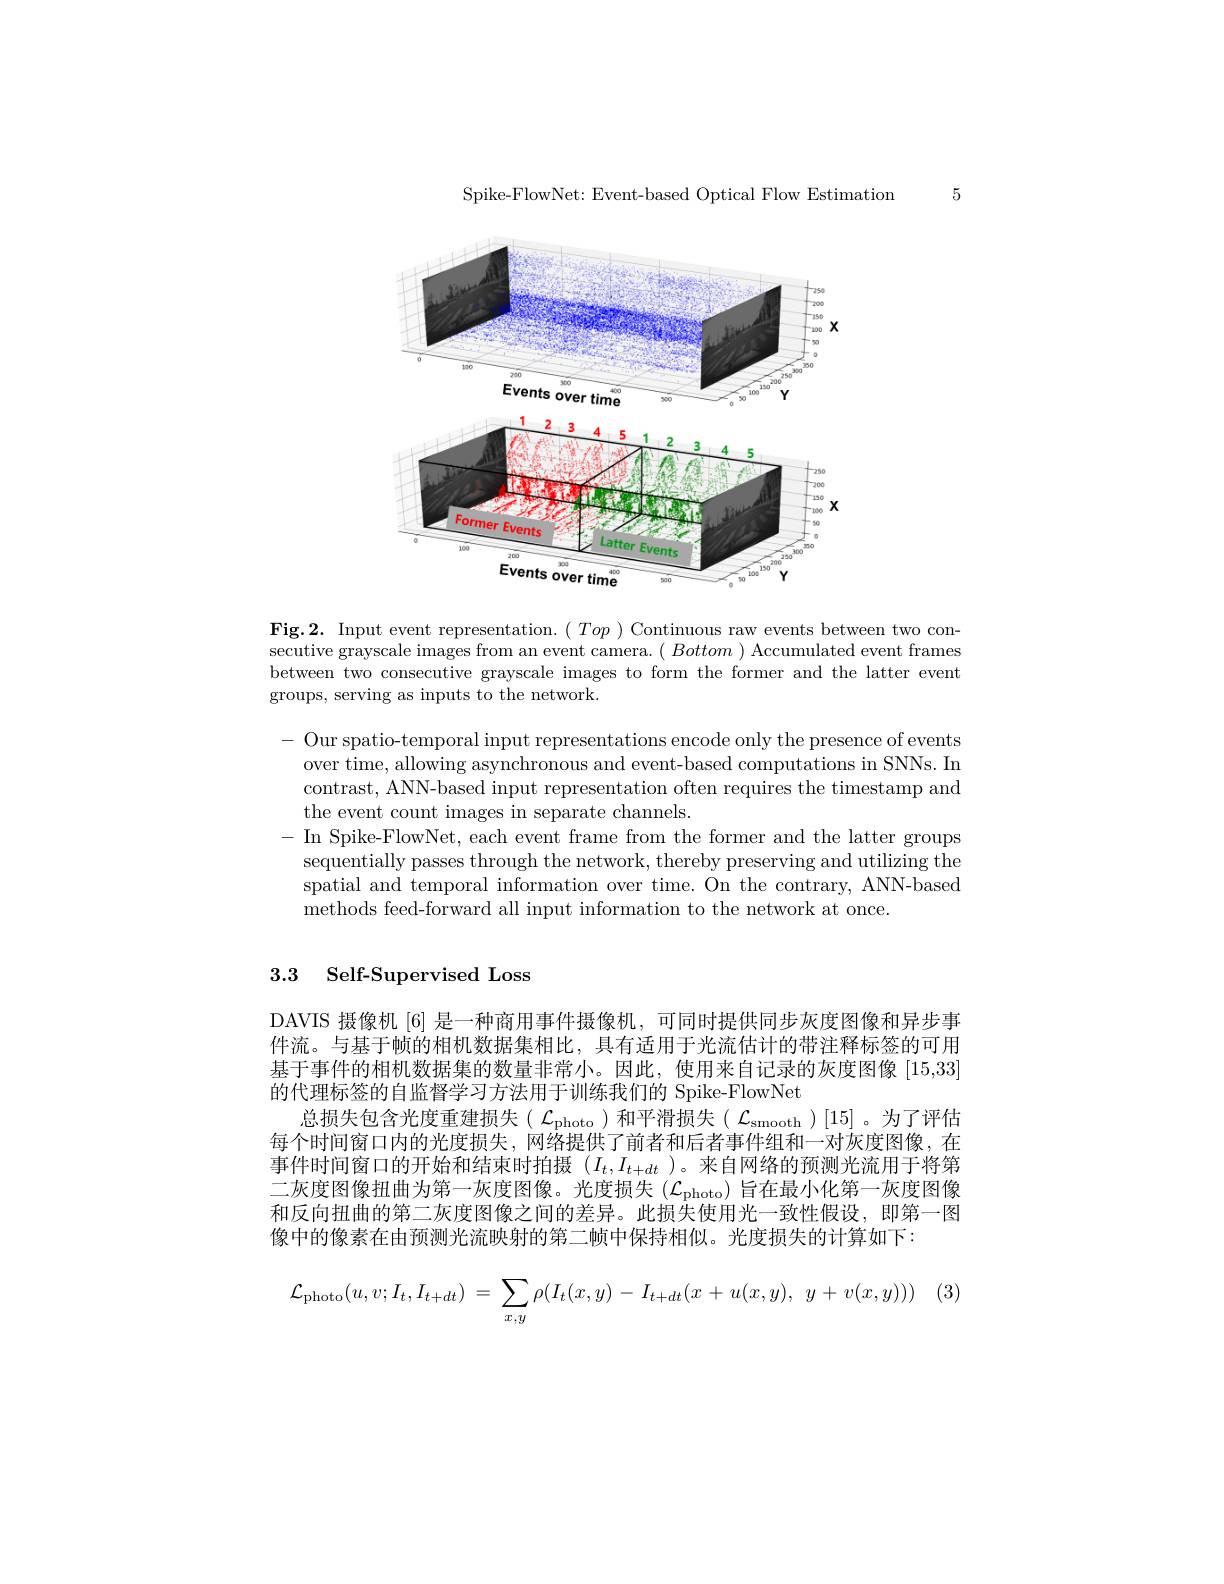
Spike-FlowNet: Event-based Optical Flow Estimation

5

<FigureHere>

Fig.2. Input event representation. $(Top)$ Continuous raw events between two consecutive grayscale images from an event camera. $(Bottom)$ Accumulated event frames between two consecutive grayscale images to form the former and the latter event groups, serving as inputs to the network.

- Our spatio-temporal input representations encode only the presence of events
over time, allowing asynchronous and event-based computations in SNNs. In contrast, ANN-based input representation often requires the timestamp and the event count images in separate channels.
- In Spike-FlowNet, each event frame from the former and the latter groups
sequentially passes through the network, thereby preserving and utilizing the spatial and temporal information over time. On the contrary, ANN-based methods feed-forward all input information to the network at once.

## 3.3 Self-Supervised Loss

DAVIS 摄像机[6] 是一种商用事件摄像机，可同时提供同步灰度图像和异步事件流。与基于帧的相机数据集相比，具有适用于光流估计的带注释标签的可用基于事件的相机数据集的数量非常小。因此，使用来自记录的灰度图像 [15,33] 的代理标签的自监督学习方法用于训练我们的 Spike-FlowNet
总损失包含光度重建损失( $\mathcal{L}_\mathrm{photo}$)和平滑损失( $\mathcal{L}_\mathrm{smooth}$)[15]。为了评估每个时间窗口内的光度损失，网络提供了前者和后者事件组和一对灰度图像，在事件时间窗口的开始和结束时拍摄$(I_t,I_{t+dt}$ )。来自网络的预测光流用于将第二灰度图像扭曲为第一灰度图像。光度损失($\mathcal{L}_\mathrm{photo}$)旨在最小化第一灰度图像和反向扭曲的第二灰度图像之间的差异。此损失使用光一致性假设，即第一图像中的像素在由预测光流映射的第二帧中保持相似。光度损失的计算如下：
$$\mathcal{L}_{\mathrm{photo}}(u,v;I_t,I_{t+dt})\:=\:\sum_{x,y}\rho(I_t(x,y)\:-\:I_{t+dt}(x\:+\:u(x,y),\:y\:+\:v(x,y)))$$